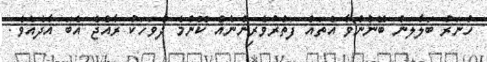
ހުނަރު ބަލާލަން ބޭނުންވާ އެތައް ފަތުރުވެރިންނެއް ކޮންމެ ދުވަހަކު ރާއްޖެ އެބަ އާދެއެވެ.